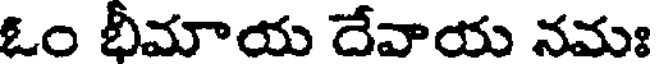
ఓం భీమాయ దేవాయ నమః